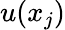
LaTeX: u(x_{j})